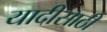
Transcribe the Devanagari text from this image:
यादीसाठी